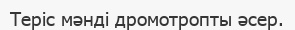
Теріс мəнді дромотропты əсер.